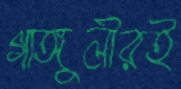
গাঙ্গুলীরই